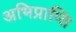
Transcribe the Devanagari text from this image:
अभिप्राप्ति